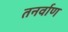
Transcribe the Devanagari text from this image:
तनर्वाण